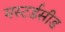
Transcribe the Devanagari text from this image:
मस्टर्डसीड